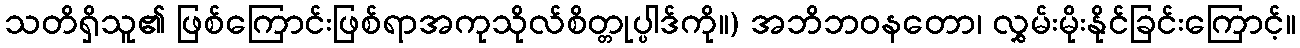
သတိရှိသူ၏ ဖြစ်ကြောင်းဖြစ်ရာအကုသိုလ်စိတ္တုပ္ပါဒ်ကို။) အဘိဘဝနတော၊ လွှမ်းမိုးနိုင်ခြင်းကြောင့်။